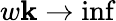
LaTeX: w\mathbf{k}\rightarrow\operatorname*{inf}